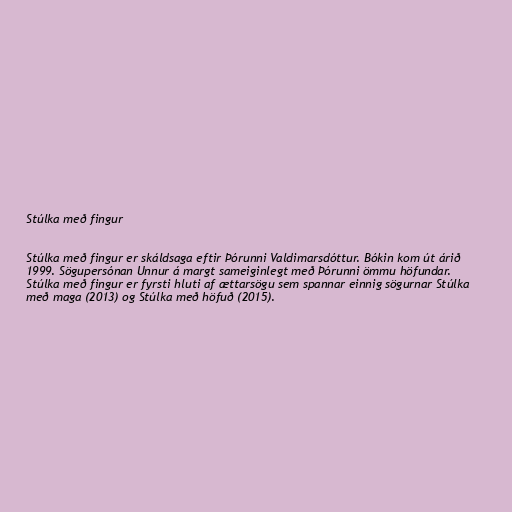
Stúlka með fingur

Stúlka með fingur er skáldsaga eftir Þórunni Valdimarsdóttur. Bókin kom út árið
1999. Sögupersónan Unnur á margt sameiginlegt með Þórunni ömmu höfundar.
Stúlka með fingur er fyrsti hluti af ættarsögu sem spannar einnig sögurnar Stúlka
með maga (2013) og Stúlka með höfuð (2015).